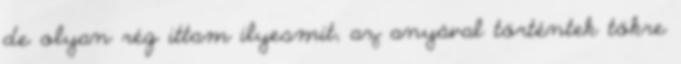
de olyan rég ittam ilyesmit, az anyával történtek tökre